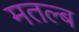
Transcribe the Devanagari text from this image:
मतल्ब